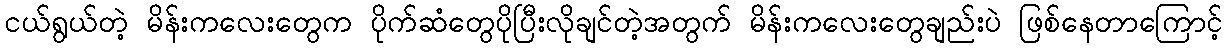
ငယ်ရွယ်တဲ့ မိန်းကလေးတွေက ပိုက်ဆံတွေပိုပြီးလိုချင်တဲ့အတွက် မိန်းကလေးတွေချည်းပဲ ဖြစ်နေတာကြောင့်